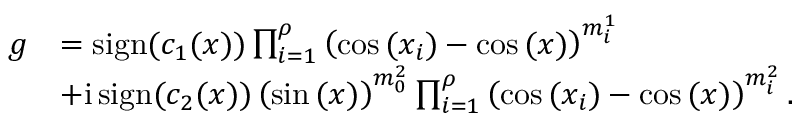
\begin{array} { r l } { g } & { = \operatorname { s i g n } ( c _ { 1 } ( x ) ) \prod _ { i = 1 } ^ { \rho } \left( \cos { ( x _ { i } ) } - \cos { ( x ) } \right) ^ { m _ { i } ^ { 1 } } } \\ & { + \mathrm { i } \operatorname { s i g n } ( c _ { 2 } ( x ) ) \left( \sin { ( x ) } \right) ^ { m _ { 0 } ^ { 2 } } \prod _ { i = 1 } ^ { \rho } \left( \cos { ( x _ { i } ) } - \cos { ( x ) } \right) ^ { m _ { i } ^ { 2 } } . } \end{array}